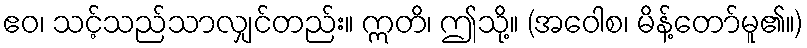
ဧဝ၊ သင့်သည်သာလျှင်တည်း။ ဣတိ၊ ဤသို့။ (အဝေါစ၊ မိန့်တော်မူ၏။)